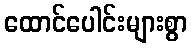
ထောင်ပေါင်းများစွာ